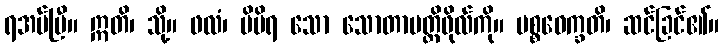
ရအပ်ပြီ။ ဣတိ၊ သို့။ ဖလံ၊ မိမိရ သော သောတာပတ္တိဖိုလ်ကို။ ပစ္စဝေက္ခတိ၊ ဆင်ခြင်၏။